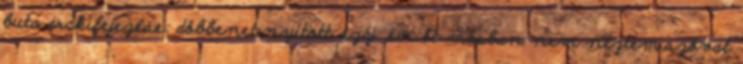
buta arckifejezése: döbbenet,nyitott száj ,én őt másban nem néztem,szóval